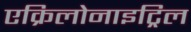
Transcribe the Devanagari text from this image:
एक्रिलोनाइट्रिल